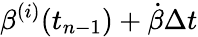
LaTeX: \beta^{(i)}(t_{n-1})+\dot{\beta}\Delta t